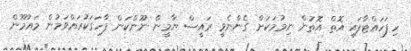
ހިފަހައްޓާފައި އޮތް އޮތުން ނިމުމަކަށް ގެންނެވީ ރައީސް ޔާމީން ނޫންކަން ފާހަގަކުރައްވަމުން މައުމޫން